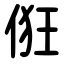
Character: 俇